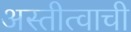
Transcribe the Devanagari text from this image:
अस्तीत्वाची